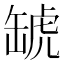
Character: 𧇍